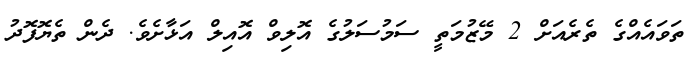
ތަވައެއްގެ ތެރެއަށް 2 މޭޒުމަތީ ސަމުސަލުގެ އޮލިވް އޮއިލް އަޅާށެވެ. ދެން ތެޔޮފޮދު